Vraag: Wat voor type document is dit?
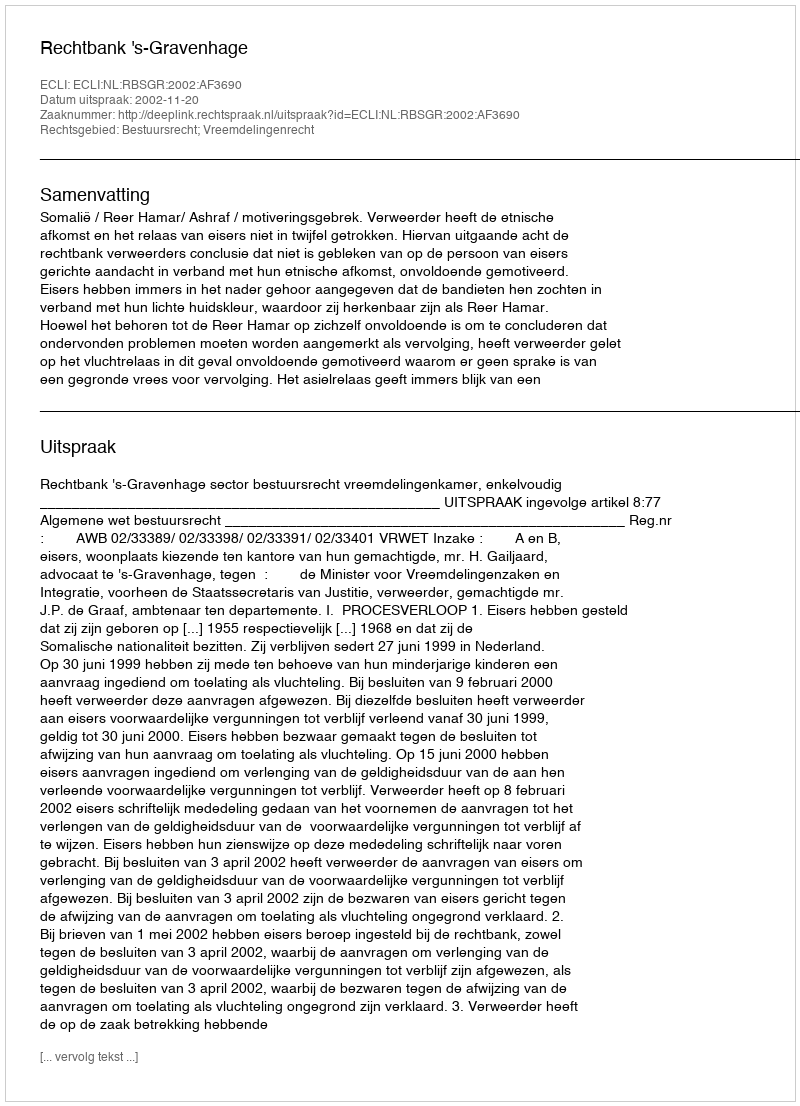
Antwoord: Uitspraak